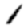
Digit: 1